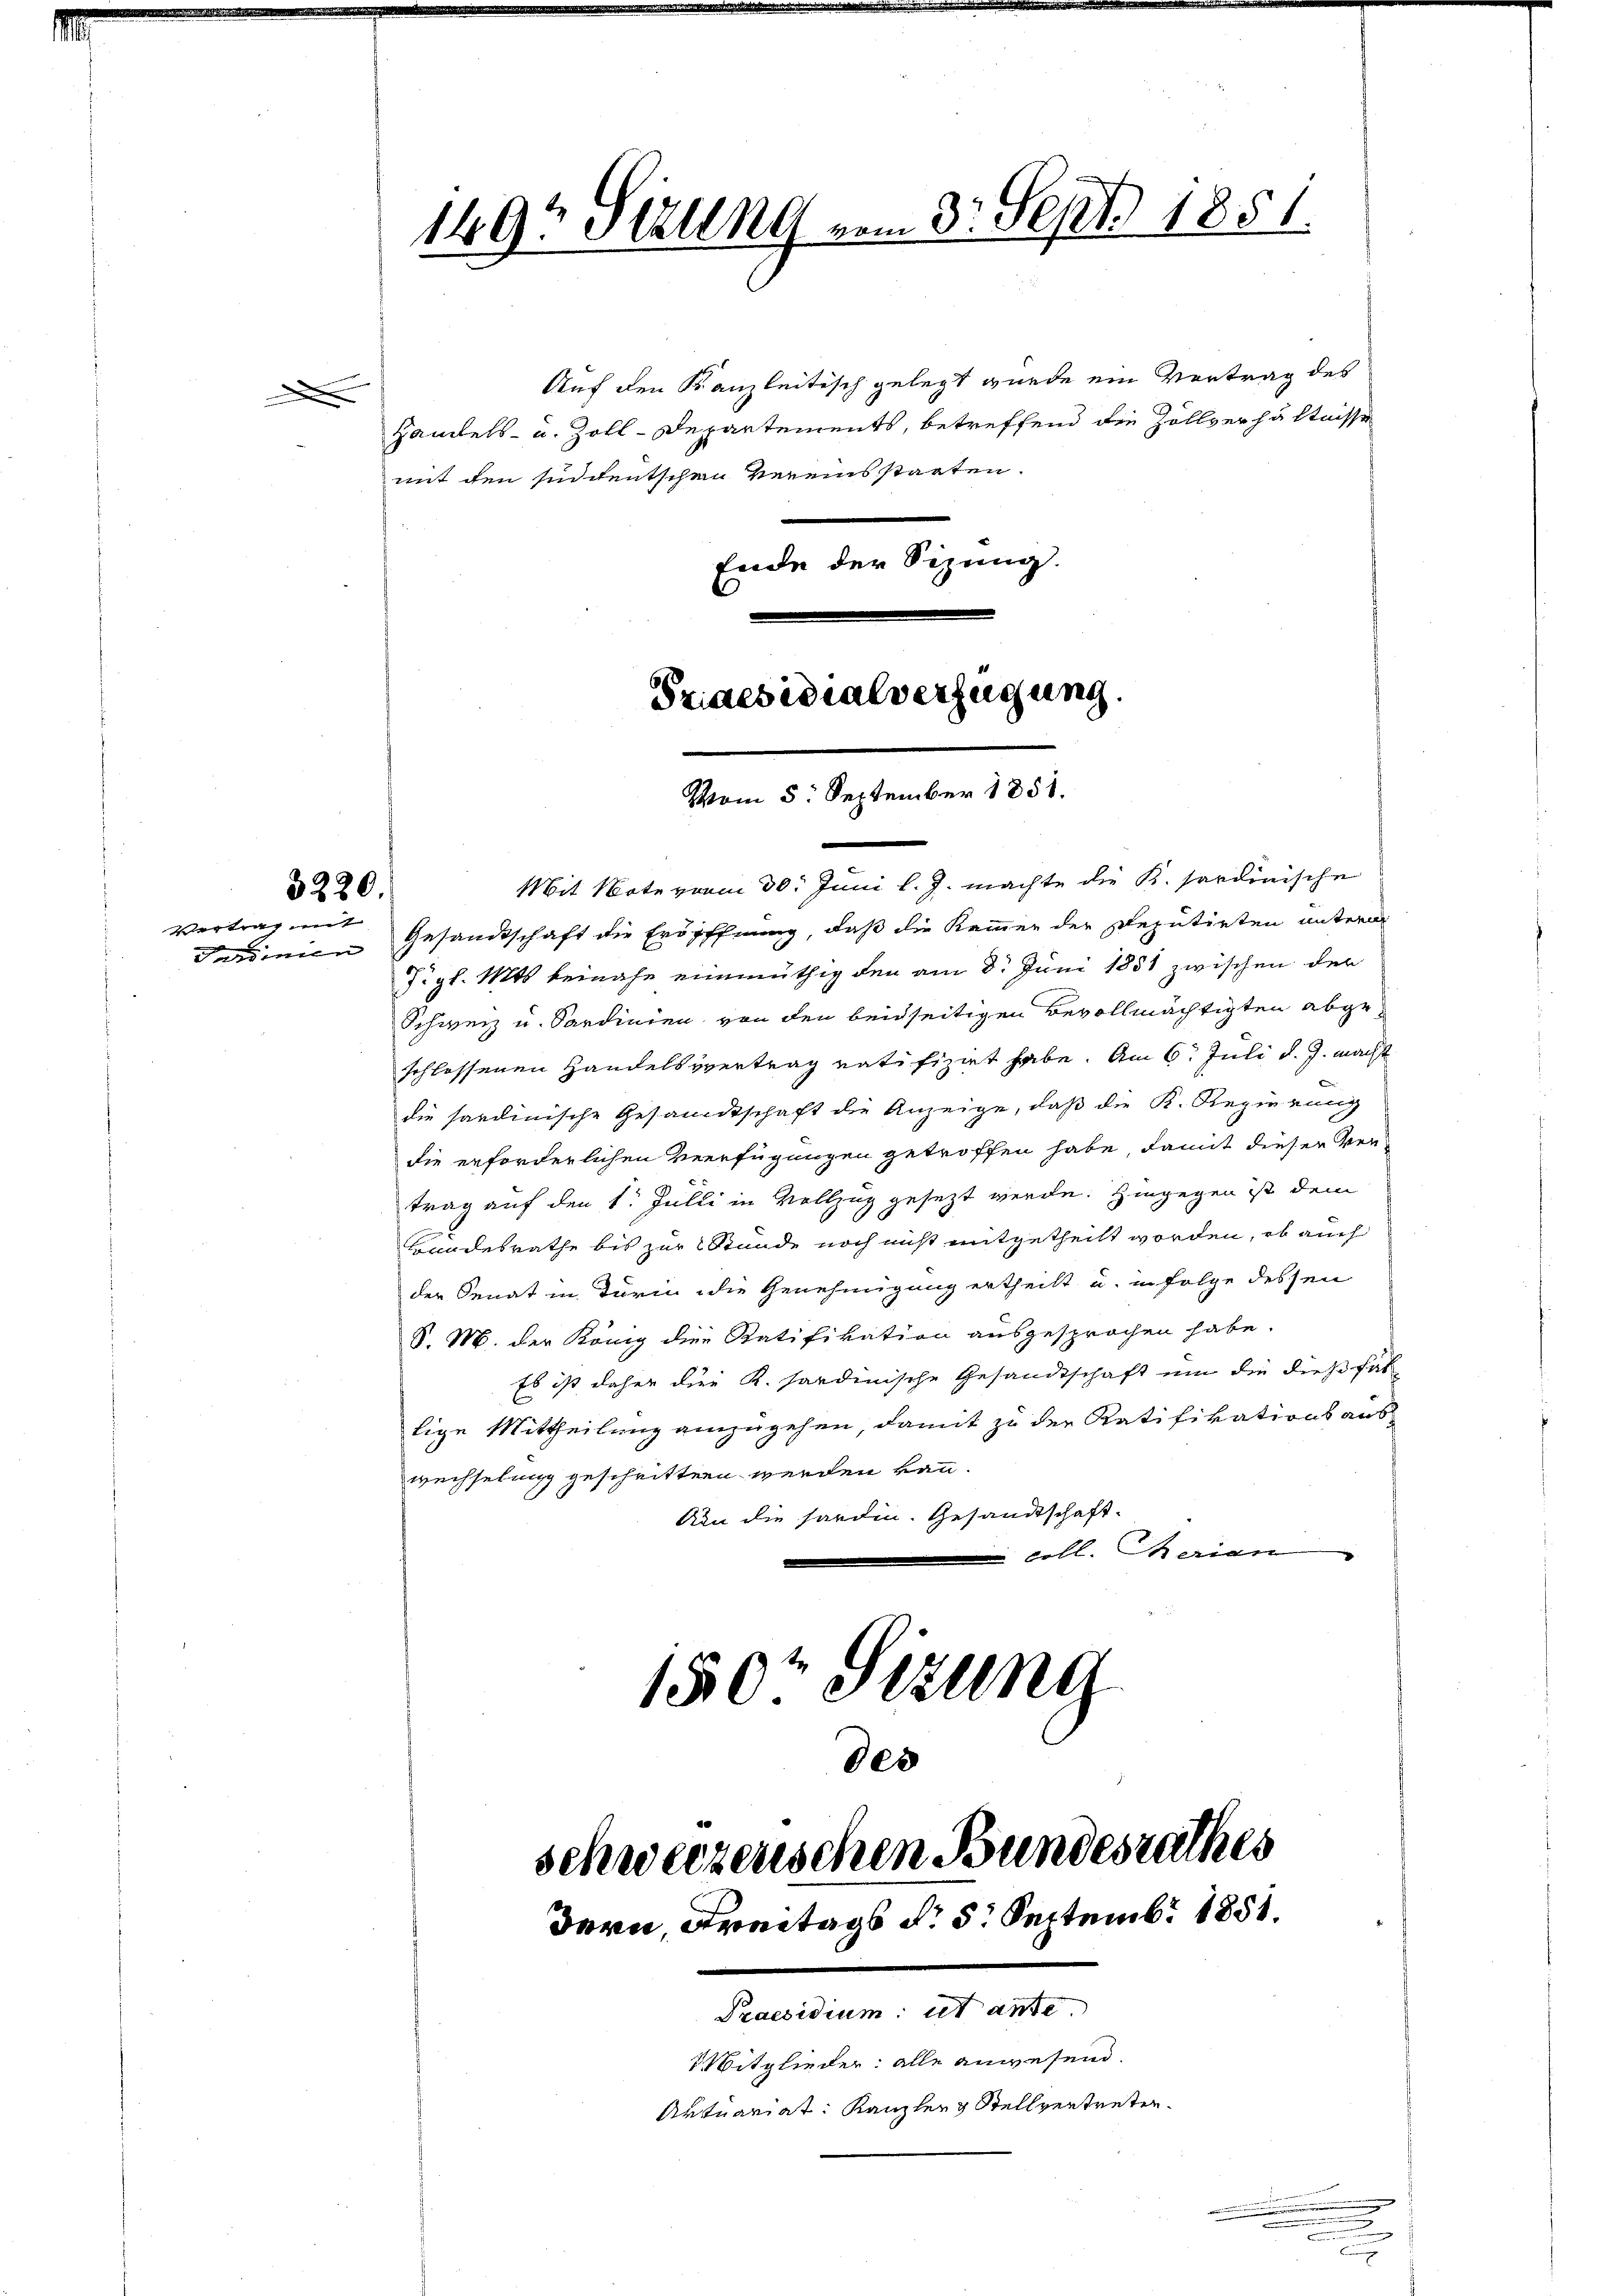
d

3220.

Vertrag mit

1493 Stzung vom 3. Sept. 1851.

Auf den Kanzleitisch gelegt wurde ein Vortrag des
Handels- u. Zoll-Departements, betreffend die Zollverhältnisse
mit den sindeutschen Vereins staaten.
Ende der Sizung.

Triaesidialverfügung.
d
Vom 5. September 1851.

schweizerischen Bundesrathes
Bern, Freitags Nr. 5. Septemb. 1851.
Praesidium ist ante.
Mitglieder: alle anwesend.
Artuariat: Kanzler Stellvertreten.

Mit Note vom 30. Juni l. J. machte die K. Sardinische
Ferdinien Gesandtschaft die Eröffnung, daß die Kammer der Deputirten untern
Tigl. Mts. beinahe einmüthig den am 8. Juni 1851 zwischen der
Schweiz u. Sardinien von den beidseitigen Bevollmächtigten abgeschlossenen Handelsvertrag ratifizirt habe. Am 6. Juli d. J. nächst
die sardinische Gesandtschaft die Anzeige, daß die K. Regierung
die erforderlichen Verfügungen getroffen habe, damit dieser Ver-
trag auf den 1. Julii in Vollzug gesezt werde. Hingegen ist dem
Bundesrathe bis zur Stunde noch nicht mitgetheilt worden, ob auch
der Senat in Turin die Genehmigung ertheilt u. in Folge dessen
S. M. der König die Ratifikation ausgesprochen habe.
Es ist daher die K. Sardinische Gesandtschaft um die dießfal
tige Mittheilung einzugehen, damit zu der Ratifikations aus-
wechselung geschritten werden kann.
Uun die Harden. Gesandtschaft-
 coll. Therien
150 Stzung
des

n